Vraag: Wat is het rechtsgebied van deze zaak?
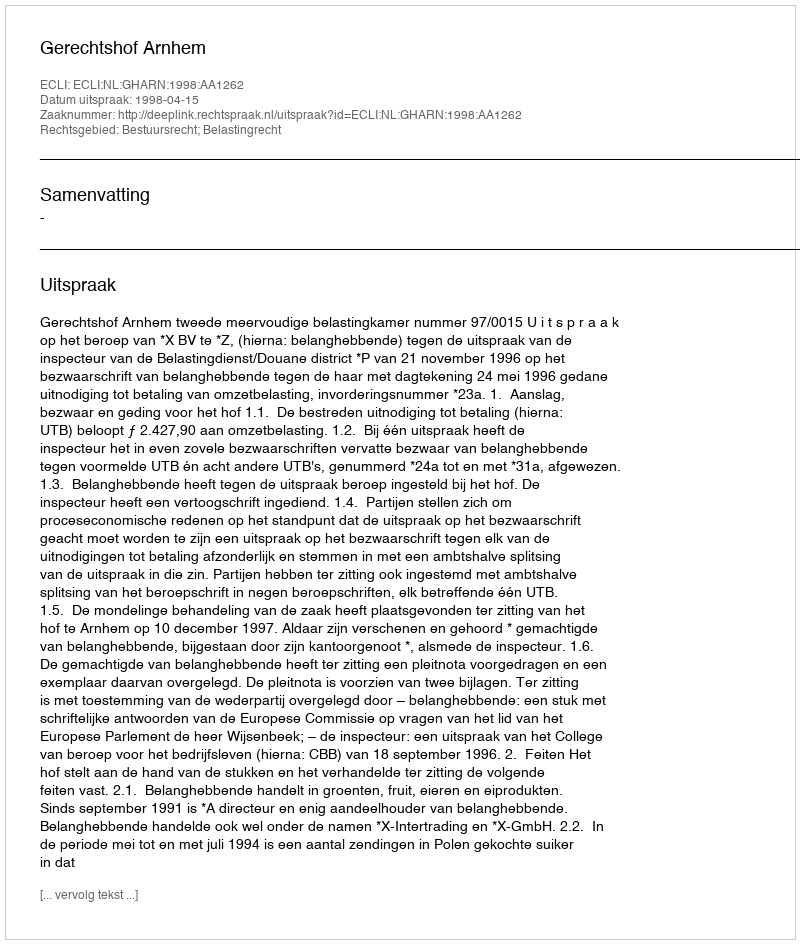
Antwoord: Bestuursrecht; Belastingrecht